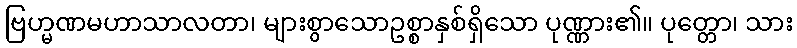
ဗြဟ္မဏမဟာသာလတာ၊ များစွာသောဥစ္စာနှစ်ရှိသော ပုဏ္ဏား၏။ ပုတ္တော၊ သား